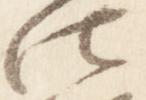
法